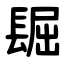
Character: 镼